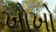
ખોખો